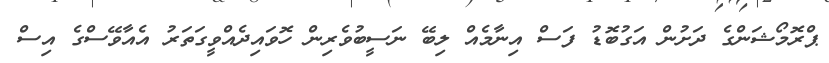
ޕްރޮމޯޝަންގެ ދަށުން އަގުބޮޑު ފަސް އިނާމެއް ލިބޭ ނަސީބުވެރިން ހޮވައިދެއްވީގަތަރު އެއާވޭސްގެ އިސް